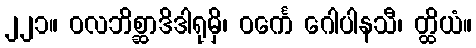
၂၂၁။ ဝလဘိစ္ဆာဒိဒါရုမှိ၊ ဝင်္ကေ ဂေါပါနသီ၊ တ္ထိယံ။